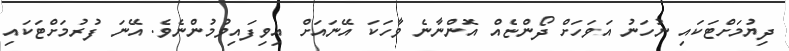
ދިޔުމަށްޓަކައި ނުހަނު އަވަހަށް ދޯންޏެއް އޮންނާނެ ވާހަކަ އޭނައަށް އިވިފައިވުމުންނެވެ. އޭނަ ފުރުމަށްޓަކައި